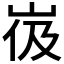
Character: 𰎙